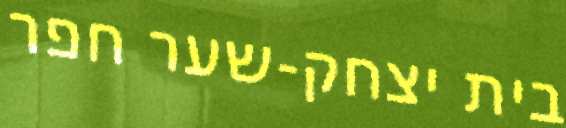
בית יצחק-שער חפר